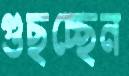
গুছচ্ছেন